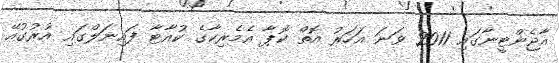
އާޖެންޓީނާގައި 2011 ވަނަ އަހަރު އޮތް ކޮޕާ އެމެރިކާގެ ކުއާޓާ ފައިނަލްގައި އުރުގުއޭ